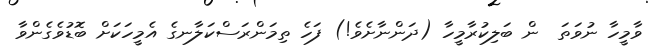
ވާމީހާ ނުވަތަ  ން ބަލިކުރާމީހާ (ދަންނާށެވެ!) ފަހެ ތިމަންރަސްކަލާނގެ އެމީހަކަށް ބޮޑުވެގެންވާ